Tartu_linnavalitsus, lk 97
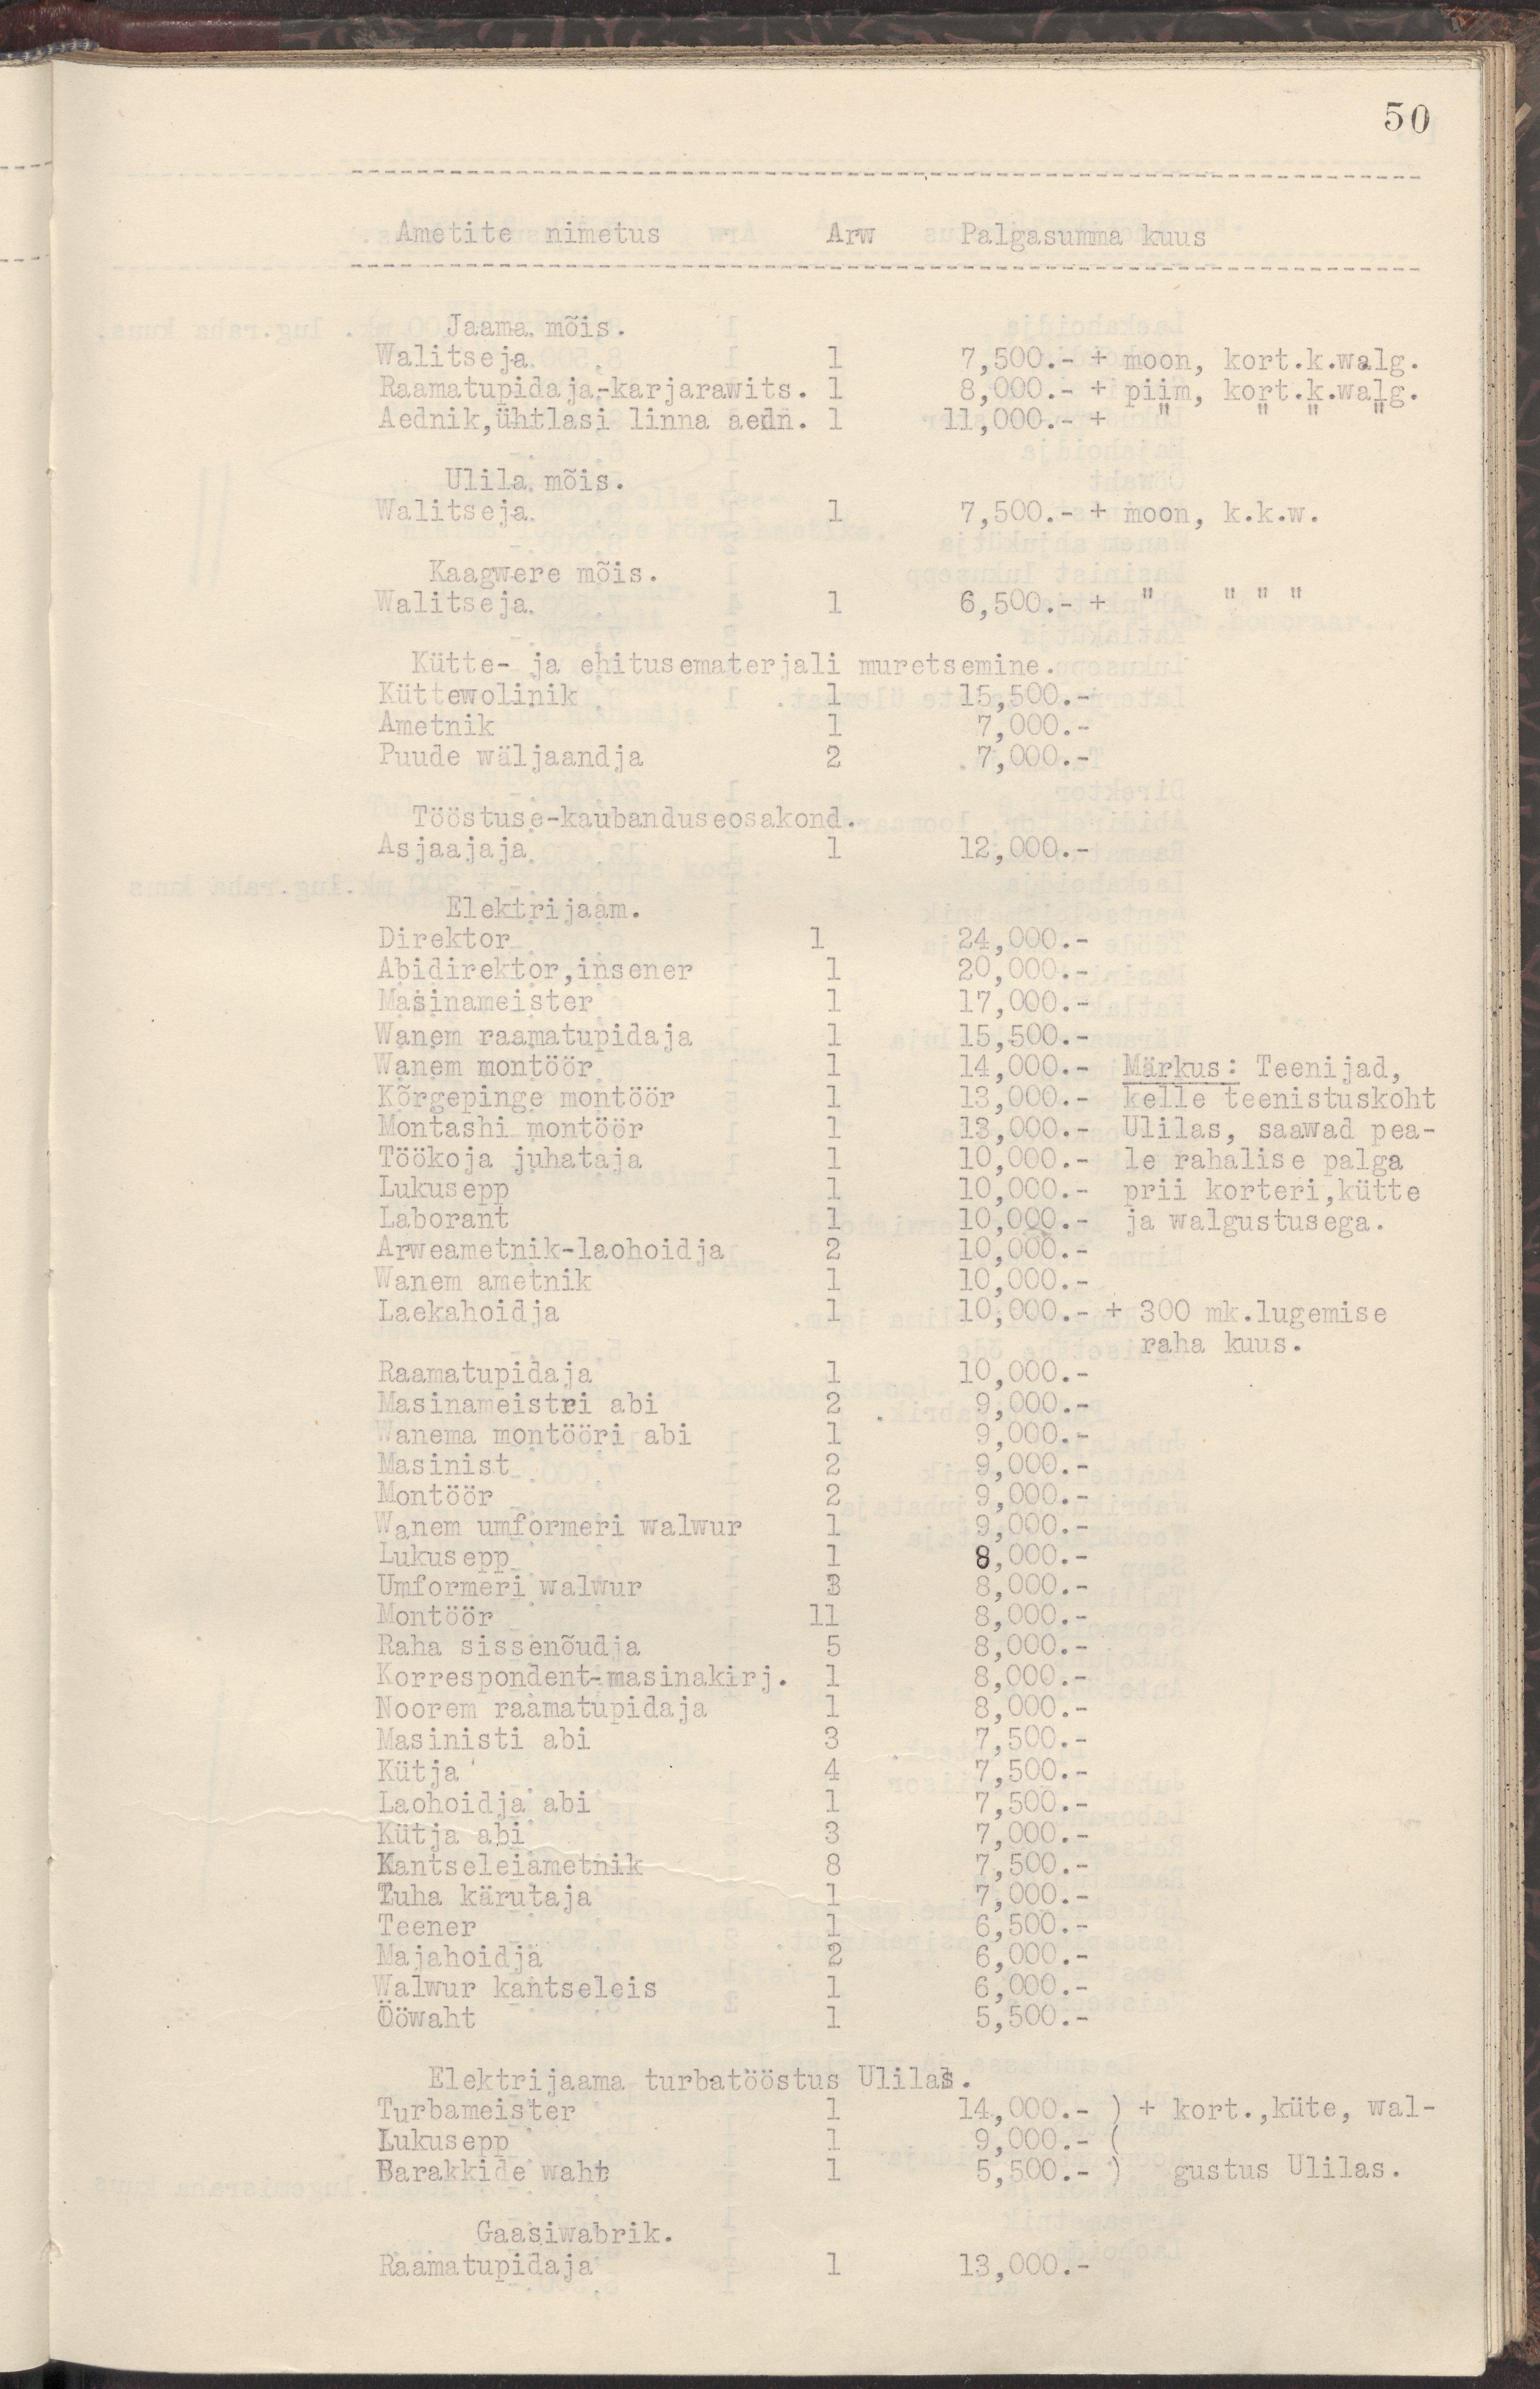
50
--------------------------------------------------------------------
Ametite nimetus   Arw   Palgasumma kuus
--------------------------------------------------------------------
Jaama mõis.
Walitseja    1  7,500.- + moon, kort.k.walg.
Raamatupidaja-karjarawits. 1   8,000.- + piim, kort.k.walg.
Aednik,ühtlasi linna aedn. 1 11,000.- + " " " "
Ulila mõis.
Walitseja    1  7,500.- + moon, k.k.w.
Kaagwere mõis.
Walitseja    1  6,500.- + "  " " "
Kütte- ja ehitusematerjali muretsemine.
Küttewolinik    1  15,000.-
Ametnik     1  7,000.-
Puude wäljaandja    2  7,000.-
Tööstuse-kaubanduseosakond.
Asjaajaja     1   12,000.-
Elektrijaam.
Direktor     1   24,000.-
Abidirektor,insener   1  20,000.-
Masinameister      1   17,000.-
Wanem raamatupidaja   1   15,500.-
Wanem montöör    1  14,000.-  Märkus: Teenijad,
Kõrgepinge montöör     1   13,000.-  kelle teenistuskoht
Montashi montöör     1  13,000.-  Ulilas, saawad pea-
Töökoja juhataja    1   10,000.-  le rahalise palga
Lukusepp     1   10,000.-  prii korteri,kütte
Laborant     1   10,000.-  ja walgustusega.
Arweametnik-laohoidja   2   10,000.-
Wanem ametnik    1  10,000.-
Laekahoidja      1  10,000.- + 300 mk.lugemise
raha kuus.
Raamatupidaja    1  10,000.-
Masinameistri abi     2   9,000.-
Wanema montööri abi    1   9,000.-
Masinist     2  9,000.-
Montöör     2  9,000.-
Wanem umformeri walwur   1   9,000.-
Lukusepp      1  8,000.-
Umformeri walwur     3   8,000.-
Montöör     11   8,000.-
Raha sissenõudja     5  8,000.-
Korrespondent-masinakirj.  1   8,000.-
Noorem raamatupidaja   1   8,000.-
Masinisti abi    3   7,500.-
Kütja     4   7,500.-
Laohoidja abi    1  7,500.-
Kütja abi     3   7,000.-
Kantseleiametnik     8   7,500.-
Tuha kärutaja     1  7,000.-
Teener     1  6,500.-
Majahoidja    2  6,000.-
Walwur kantseleis   1   6,000.-
Ööwaht     1   5,500.-
Elektrijaama turbatööstus Ulilas.
Turbameister     1   14,000.- ) + kort.,küte, wal-
Lukusepp     1  9,000.-  (
Barakkide waht     1   5,500.-  )  gustus Ulilas.
Gaasiwabrik.
Raamatupidaja     1   13,000.-